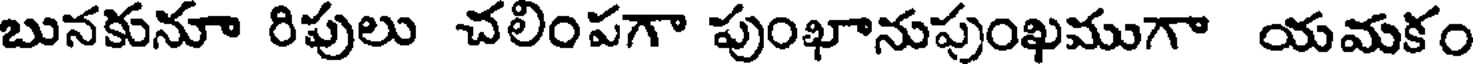
బునకునూ రిపులు చలింపగా పుంఖానుపుంఖముగా యమకం